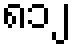
၈၁၂